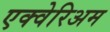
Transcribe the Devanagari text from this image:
एक्वेरिअम